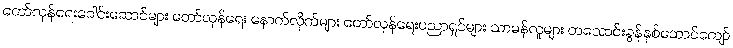
တော်လှန်ရေးခေါင်းဆောင်များ တော်လှန်ရေး နောက်လိုက်များ တော်လှန်ရေးပညာရှင်များ သာမန်လူများ တသောင်းခွန်နှစ်ထောင်ကျော်